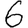
Digit: 6